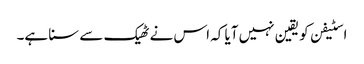
اسٹیفن کو یقین نہیں آیا کہ اس نے ٹھیک سے سنا ہے۔